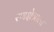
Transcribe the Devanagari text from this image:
रणक्षेत्राला